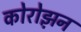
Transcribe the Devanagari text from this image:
कोरोझ़न